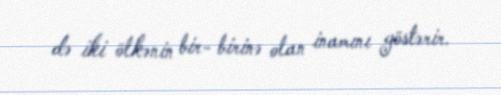
də iki ölkənin bir- birinə olan inamını göstərir.